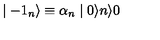
\mid - { 1 } _ { n } \rangle \equiv { \alpha } _ { n } \mid 0 \rangle n \rangle 0